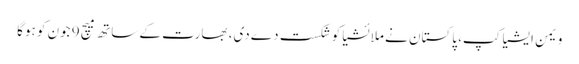
ویمن ایشیا کپ، پاکستان نے ملائشیا کو شکست دے دی، بھارت کے ساتھ میچ 9 جون کو ہوگا